Regulations for the medical services of the Army of India
Year: 1930
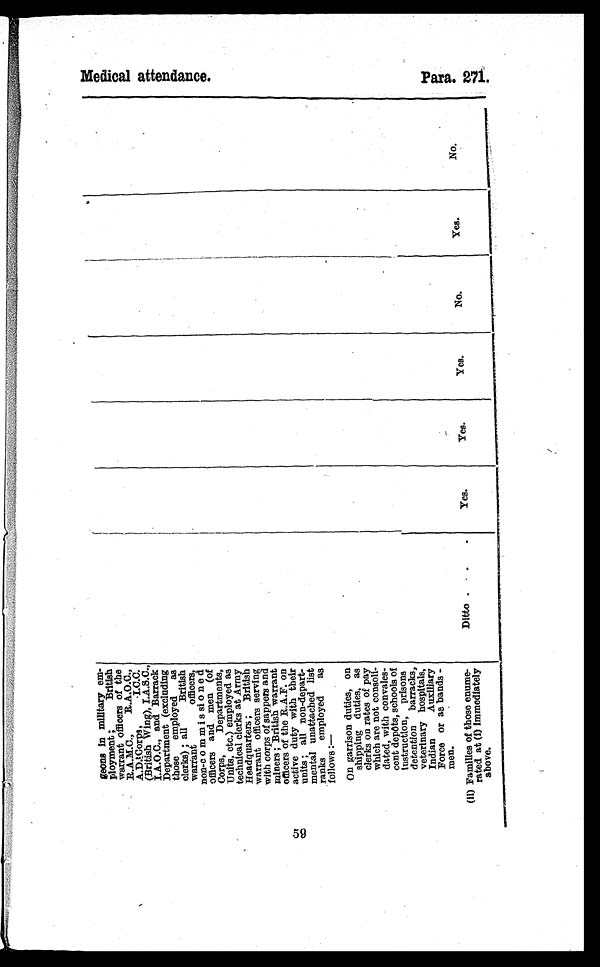
59
geons In military em ¬ p l o y m e n t ; B r i t i s h
warrant officers of the
R.A.M.C., R.A.O.C.,
A.D. Corps, I.C.C.
(British Wing), I.A.S.C.,
I.A.O.C., and Barrack
Department (excluding
those employed as
clerks) ; all British
warrant officers,
non-commissioned
officers and men (of
Corps, Departments,
Units, etc.) employed as
technical clerks at Army
Headquarters ; British
warrant officers serving
with corps of sappers and
miners ; British warrant
officers of the R.A.F. on
active duty with their
units ; all non-depart ¬ m e n t a l u n a t t a c h e d l i s t
ranks employed as
follows :—
.
.
On garrison duties, on
shipping duties, as
clerks on rates of pay
which are not consoli
¬dated, with convales
¬cent depôts, schools of
instruction, prisons
detention barracks,
veterinary hospitals,
Indian Auxiliary
Force or as bands-
men.
(ii) Families of those enume
¬rated at (i) Immediately
above.
Ditto..
Yes.
Yes.
Yes.
No.
Yea.
No.
M e d i c a l a t t e n d a n c
e.
Para. 127